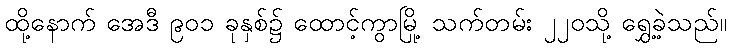
ထို့နောက် အေဒီ ၉၀၁ ခုနှစ်၌ ထောင့်ကွာမြို့ သက်တမ်း ၂၂၀သို့ ရွှေ့ခဲ့သည်။